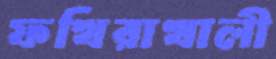
ফখিরাখালী